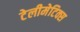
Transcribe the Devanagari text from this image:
टेलीमेटिक्स